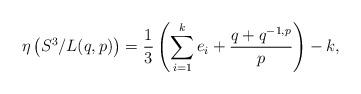
LaTeX: \begin{align*}\eta\left(S^3/L(q,p)\right)=\frac13\left(\sum_{i=1}^ke_i+\frac{q+q^{-1,p}}{p}\right)-k,\end{align*}